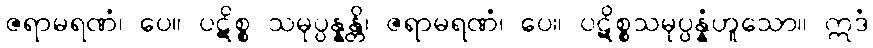
ဇရာမရဏံ၊ ပေ။ ပဋိစ္စ သမုပ္ပန္နန္တိ၊ ဇရာမရဏံ၊ ပေ။ ပဋိစ္စသမုပ္ပန္နံဟူသော။ ဣဒံ